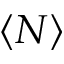
\left< N \right>